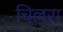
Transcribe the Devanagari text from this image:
चिल्लरा